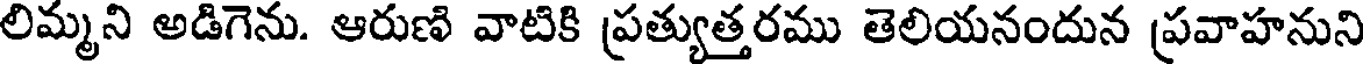
లిమ్మని అడిగెను. ఆరుణి వాటికి ప్రత్యుత్తరము తెలియనందున ప్రవాహనుని